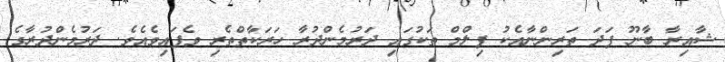
ޝާއިރާ ބާނޫ ފަދަ ތަރިންނާއެކު ފިލްމް ތަކުގައި ދަރުމެންދުރާ ހަރަކާތްތެރި ވެފައިވެއެވެ. ދަރުމެންދުރާގެ